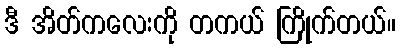
ဒီ အိတ်ကလေးကို တကယ် ကြိုက်တယ်။